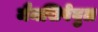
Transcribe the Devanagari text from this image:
मैनसिपेबुल